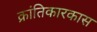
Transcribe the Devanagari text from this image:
क्रांतिकारकास